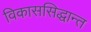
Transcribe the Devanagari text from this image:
विकाससिद्धान्त